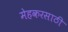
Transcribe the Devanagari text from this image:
मेहकरसाठी